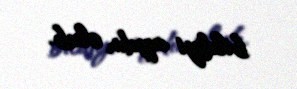
bildiyi aydın olub.